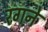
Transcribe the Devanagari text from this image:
रगने